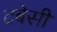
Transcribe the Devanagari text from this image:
टबेसी